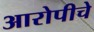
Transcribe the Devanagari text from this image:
आरोपीचे